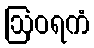
ဩဝရကံ